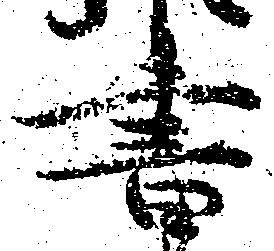
書